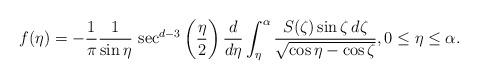
LaTeX: \begin{align*}f(\eta) = - \frac {1} {\pi} \frac {1} {\sin \eta}\, \sec^{d-3}\bigg(\frac{\eta}{2}\bigg) \, \frac {d} {d\eta} \int_\eta^\alpha \frac {S(\zeta) \sin \zeta\, d\zeta} {\sqrt{\cos \eta - \cos \zeta}}, 0 \leq \eta \leq \alpha.\end{align*}